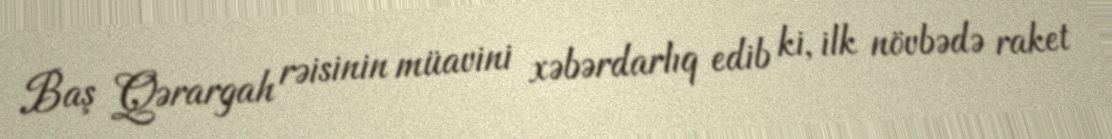
Baş Qərargah rəisinin müavini xəbərdarlıq edib ki, ilk növbədə raket